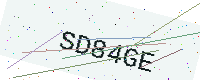
Text: SD84GE